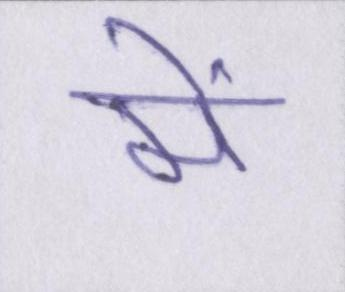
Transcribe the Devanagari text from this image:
में